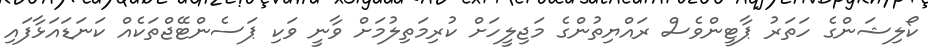
ކޯލިޝަންގެ ހަތަރު ޕާޓީންވެސް ރައްޔިތުންގެ މަޖިލީހަށް ކުރިމަތިލުމަށް ވާނީ ވަކި ޕަސެންޓޭޖްތަކެއް ކަނަޑައަޅާފައި